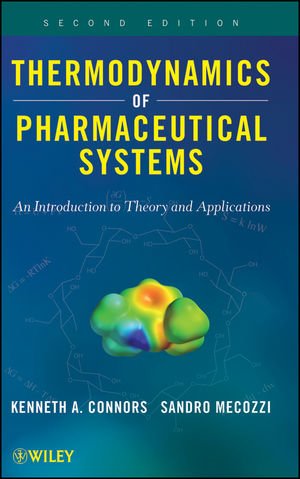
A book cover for Thermodynamics of Pharmaceutical Systems: An introduction to Theory and Applications; Kenneth A. Connors; Medical Books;